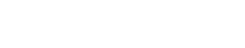
စတ္တာရီသဆဗ္ဗဿသတာယုကာနံ